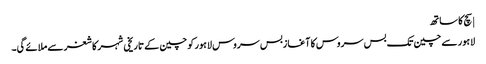
| سچ کا ساتھ
لاہور سے چین تک بس سروس کا آغازبس سروس لاہور کو چین کے تاریخی شہر کاشغر سے ملائے گی۔